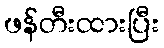
ဖန်တီးထားပြီး